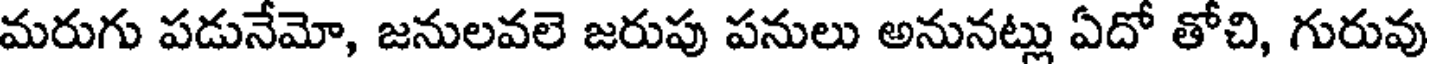
మరుగు పడునేమో, జనులవలె జరుపు పనులు అనునట్లు ఏదో తోచి, గురువు